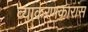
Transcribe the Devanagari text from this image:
व्याकरणकारांस